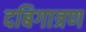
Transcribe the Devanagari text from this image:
दबिगात्रण